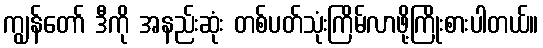
ကျွန်တော် ဒီကို အနည်းဆုံး တစ်ပတ်သုံးကြိမ်လာဖို့ကြိုးစားပါတယ်။